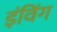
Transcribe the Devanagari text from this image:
इंविंग